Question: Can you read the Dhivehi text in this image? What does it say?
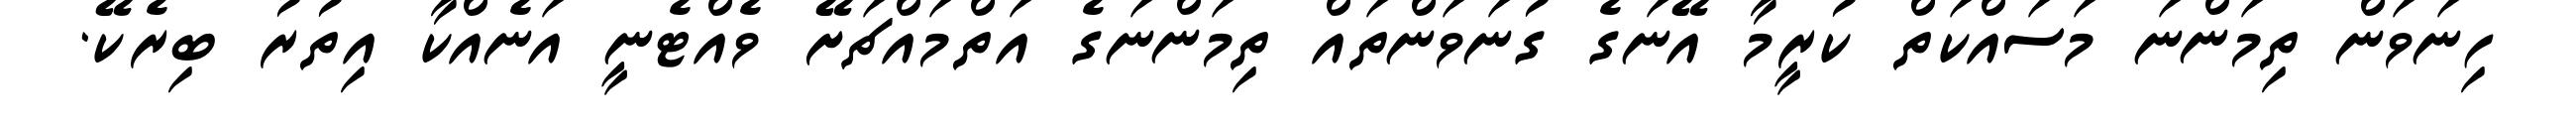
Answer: ހިނަވަން ތިމަންނަ މަސައްކަތް ކުރީމާ އޭނަގެ ގުނަވަންތައް ތިމަންނަގެ އަތްމައްޗަށޭ ވެއްޓެނީ އަނެއްކާ އިތުރު ބިރެކޭ.